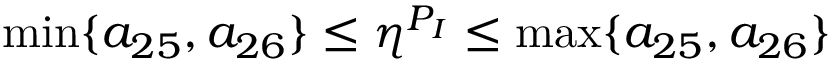
\operatorname* { m i n } \{ a _ { 2 5 } , a _ { 2 6 } \} \leq \eta ^ { P _ { I } } \leq \operatorname* { m a x } \{ a _ { 2 5 } , a _ { 2 6 } \}